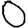
Digit: 0